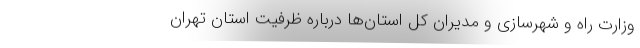
وزارت راه و شهرسازی و مدیران کل استان‌ها درباره ظرفیت استان تهران